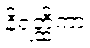
နိရတ္ထိကာ